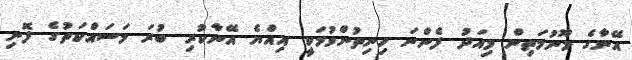
އޭނާގެ މޫނުމަތިން މިއަދު ފެންނަ ހިނިތުންވުމަކީ އިއްޔެ އޭނާކުރި ބުރަ މަސައްކަތުގެ ފޮނި